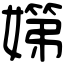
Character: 𡠨